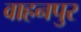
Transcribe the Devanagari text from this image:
वाहनपुर